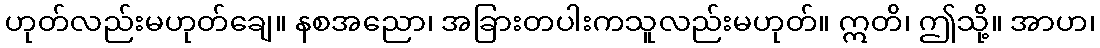
ဟုတ်လည်းမဟုတ်ချေ။ နစအညော၊ အခြားတပါးကသူလည်းမဟုတ်။ ဣတိ၊ ဤသို့။ အာဟ၊